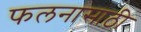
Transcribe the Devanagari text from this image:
फलनासाठी